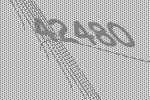
42480